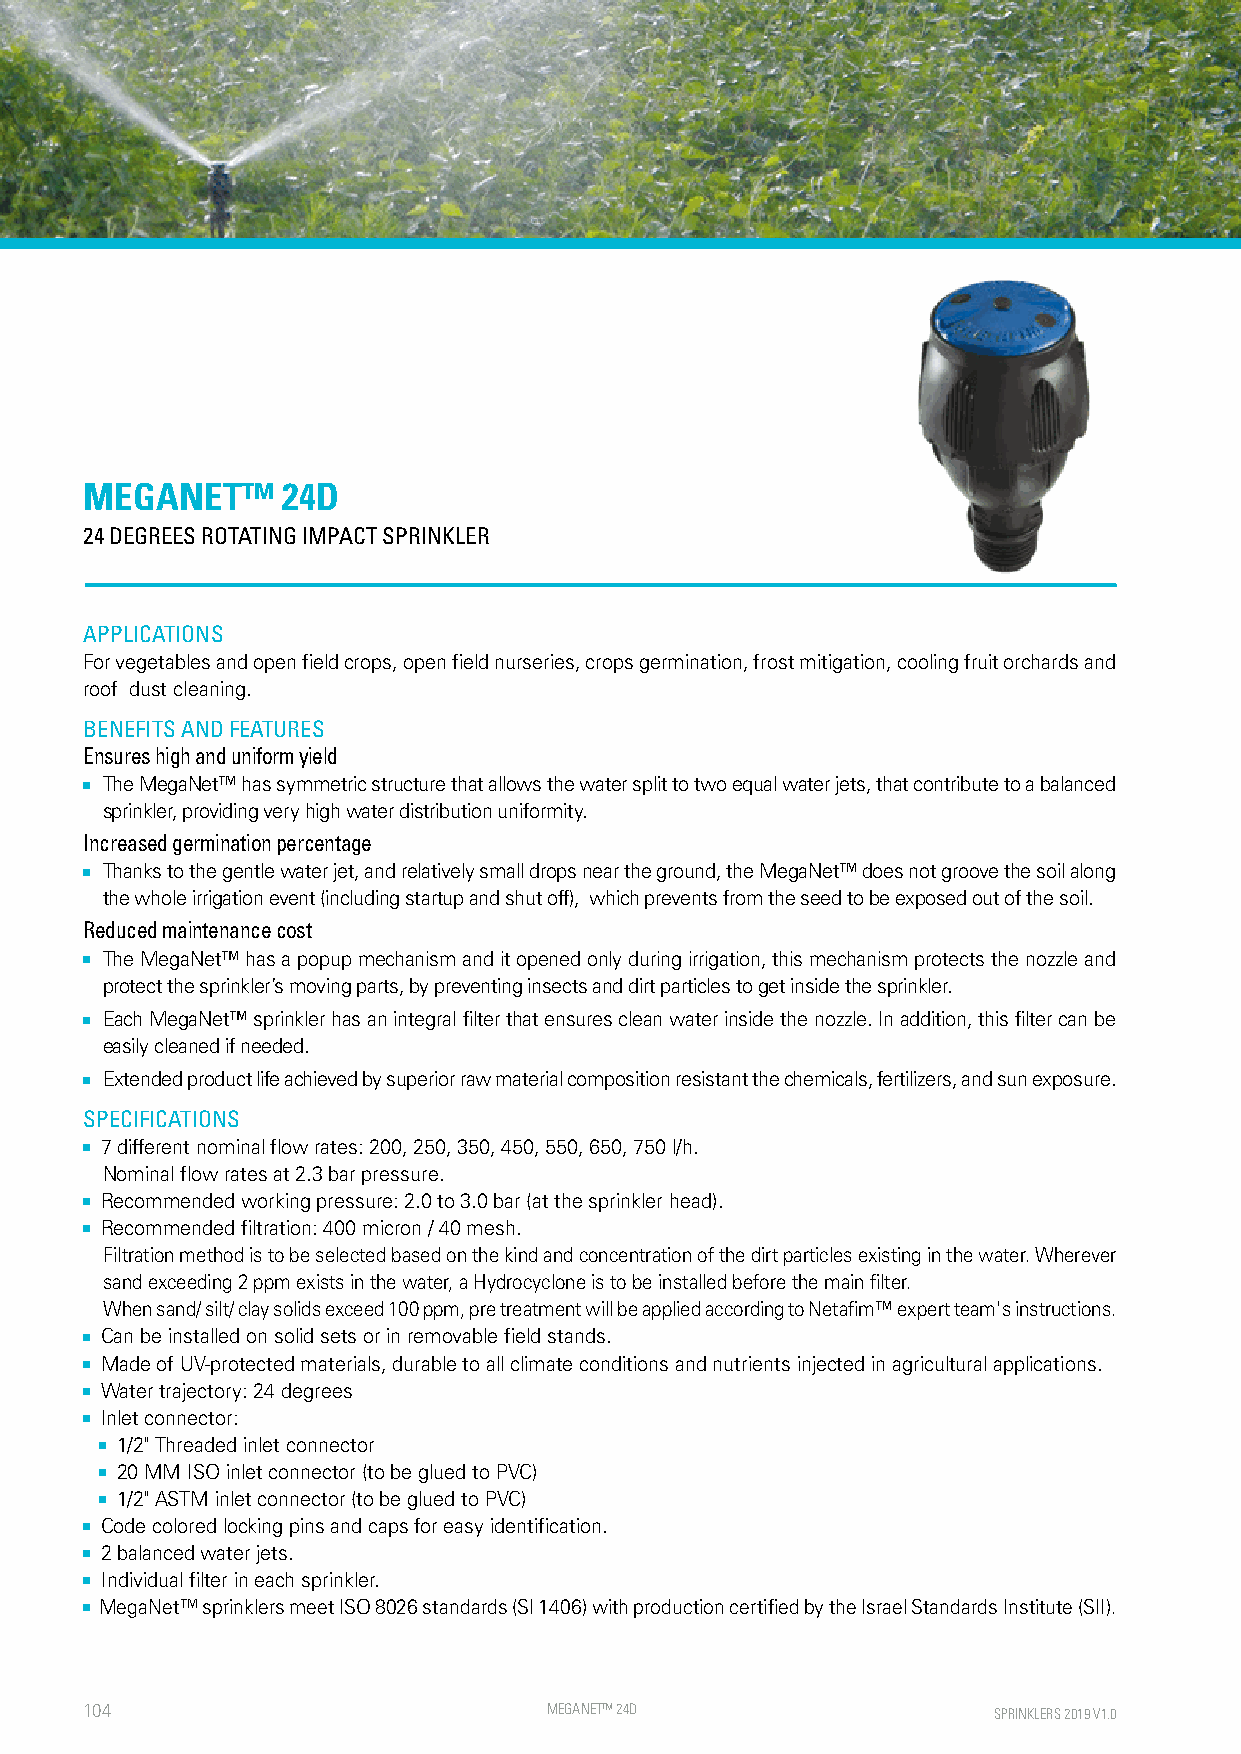
MEGANET™     24D
 24 DEGREES ROTATING IMPACT SPRINKLER
 APPLICATIONS
 For vegetables and open field crops, open field nurseries, crops germination, frost mitigation, cooling fruit orchards and
 roof dust cleaning.
 BENEFITS AND FEATURES
 Ensures high and uniform yield
 ■ The MegaNet™ has symmetric structure that allows the water split to two equal water jets, that contribute to a balanced
 sprinkler, providing very high water distribution uniformity.
 Increased germination percentage
 ■ Thanks to the gentle water jet, and relatively small drops near the ground, the MegaNet™ does not groove the soil along
 the whole irrigation event (including startup and shut off), which prevents from the seed to be exposed out of the soil.
 Reduced maintenance cost
 ■ The MegaNet™ has a popup mechanism and it opened only during irrigation, this mechanism protects the nozzle and
 protect the sprinkler’s moving parts, by preventing insects and dirt particles to get inside the sprinkler.
 ■ Each MegaNet™ sprinkler has an integral filter that ensures clean water inside the nozzle. In addition, this filter can be
 easily cleaned if needed.
 ■ Extended product life achieved by superior raw material composition resistant the chemicals, fertilizers, and sun exposure.
 SPECIFICATIONS
 ■ 7 different nominal flow rates: 200, 250, 350, 450, 550, 650, 750 l/h.
 Nominal flow rates at 2.3 bar pressure.
 ■ Recommended working pressure: 2.0 to 3.0 bar (at the sprinkler head).
 ■ Recommended filtration: 400 micron / 40 mesh.
 Filtration method is to be selected based on the kind and concentration of the dirt particles existing in the water. Wherever
 sand exceeding 2 ppm exists in the water, a Hydrocyclone is to be installed before the main filter.
 When sand/ silt/ clay solids exceed 100 ppm, pre treatment will be applied according to Netafim™ expert team's instructions.
 ■ Can be installed on solid sets or in removable field stands.
 ■ Made of UV-protected materials, durable to all climate conditions and nutrients injected in agricultural applications.
 ■ Water trajectory: 24 degrees
 ■ Inlet connector:
 ■ 1/2" Threaded inlet connector
 ■ 20 MM ISO inlet connector (to be glued to PVC)
 ■ 1/2" ASTM inlet connector (to be glued to PVC)
 ■ Code colored locking pins and caps for easy identification.
 ■ 2 balanced water jets.
 ■ Individual filter in each sprinkler.
 ■ MegaNet™ sprinklers meet ISO 8026 standards (SI 1406) with production certified by the Israel Standards Institute (SII).
 104                            MEGANE T™ 24D                 SPRINKLERS 2019 V1.0